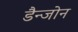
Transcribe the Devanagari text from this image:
डैन्जोन